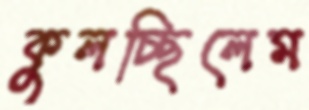
কুলচ্ছিলেম